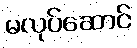
မလုပ်ဆောင်